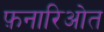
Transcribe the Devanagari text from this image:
फ़नारिओत